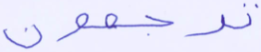
ترجعون